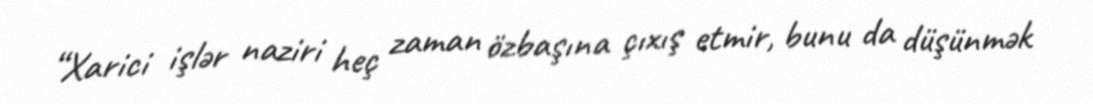
“Xarici işlər naziri heç zaman özbaşına çıxış etmir, bunu da düşünmək